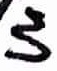
Text: 3